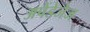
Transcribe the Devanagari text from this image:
अपेंडेजेज